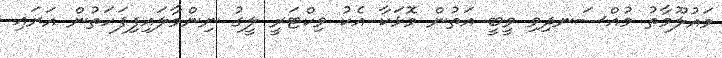
މައުލޫމާތު މުއްސަނދިވި ވީބީ އަތުން މޮޅަކާ އެކު ވިކްޓަރީ ލީގު ނިންމާލައިފިފަހަތުން އަރައި